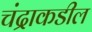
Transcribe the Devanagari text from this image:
चंद्राकडील